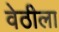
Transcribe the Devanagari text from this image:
वेठीला